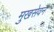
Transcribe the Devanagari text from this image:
मुखसेवन